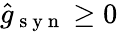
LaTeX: \hat{g}_{\mathrm{~s~y~n~}}\ge 0